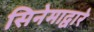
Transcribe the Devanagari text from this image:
सिनेमाद्वारे